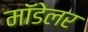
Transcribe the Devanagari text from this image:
मॉडेलर